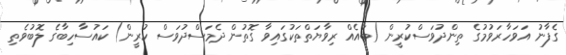
ގެފާނު އަވަހާރަވުމުގެ ތިންދުވަސްކުރީން (ބައެއް ރިވާޔަތްތަކުގައިވާ ގޮތުން ދެމަސްދުވަސް ކުރީން) ކައުސާހިބާގެ ލޮބުވެތި